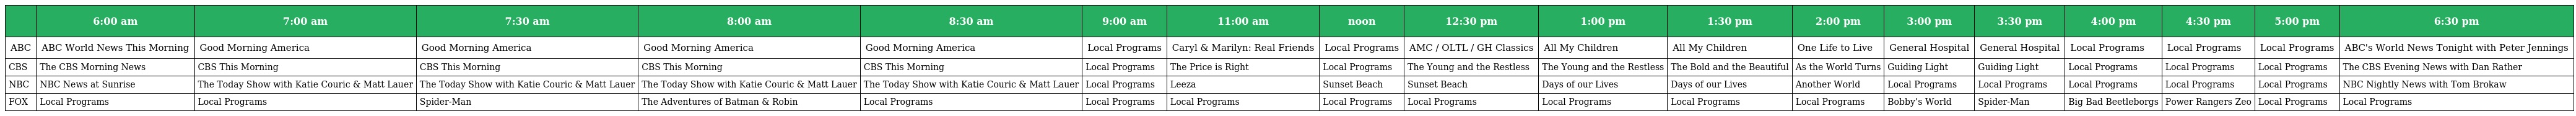
|  | 6:00 am | 7:00 am | 7:30 am | 8:00 am | 8:30 am | 9:00 am | 11:00 am | noon | 12:30 pm | 1:00 pm | 1:30 pm | 2:00 pm | 3:00 pm | 3:30 pm | 4:00 pm | 4:30 pm | 5:00 pm | 6:30 pm |
 | --- | --- | --- | --- | --- | --- | --- | --- | --- | --- | --- | --- | --- | --- | --- | --- | --- | --- | --- |
 | ABC | ABC World News This Morning | Good Morning America | Good Morning America | Good Morning America | Good Morning America | Local Programs | Caryl & Marilyn: Real Friends | Local Programs | AMC / OLTL / GH Classics | All My Children | All My Children | One Life to Live | General Hospital | General Hospital | Local Programs | Local Programs | Local Programs | ABC's World News Tonight with Peter Jennings |
 | CBS | The CBS Morning News | CBS This Morning | CBS This Morning | CBS This Morning | CBS This Morning | Local Programs | The Price is Right | Local Programs | The Young and the Restless | The Young and the Restless | The Bold and the Beautiful | As the World Turns | Guiding Light | Guiding Light | Local Programs | Local Programs | Local Programs | The CBS Evening News with Dan Rather |
 | NBC | NBC News at Sunrise | The Today Show with Katie Couric & Matt Lauer | The Today Show with Katie Couric & Matt Lauer | The Today Show with Katie Couric & Matt Lauer | The Today Show with Katie Couric & Matt Lauer | Local Programs | Leeza | Sunset Beach | Sunset Beach | Days of our Lives | Days of our Lives | Another World | Local Programs | Local Programs | Local Programs | Local Programs | Local Programs | NBC Nightly News with Tom Brokaw |
 | FOX | Local Programs | Local Programs | Spider-Man | The Adventures of Batman & Robin | Local Programs | Local Programs | Local Programs | Local Programs | Local Programs | Local Programs | Local Programs | Local Programs | Bobby’s World | Spider-Man | Big Bad Beetleborgs | Power Rangers Zeo | Local Programs | Local Programs |